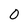
Character: 0